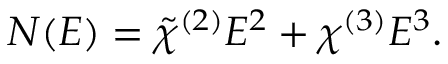
{ \cal N } ( { \cal E } ) = \tilde { \chi } ^ { ( 2 ) } { \cal E } ^ { 2 } + \chi ^ { ( 3 ) } { \cal E } ^ { 3 } .